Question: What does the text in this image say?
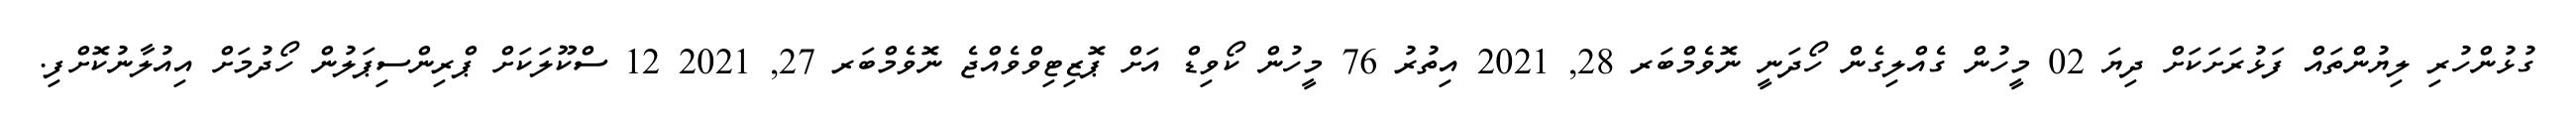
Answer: ގުޅުންހުރި ލިޔުންތައް ފަޅުރަށަކަށް ދިޔަ 02 މީހުން ގެއްލިގެން ހޯދަނީ ނޮވެމްބަރ 28, 2021 އިތުރު 76 މީހުން ކޯވިޑް އަށް ޕޮޒިޓިވްވެއްޖެ ނޮވެމްބަރ 27, 2021 12 ސްކޫލަކަށް ޕްރިންސިޕަލުން ހޯދުމަށް އިއުލާނުކޮށްފި.